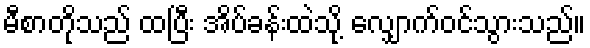
မီစာတိုသည် ထပြီး အိပ်ခန်းထဲသို့ လျှောက်ဝင်သွားသည်။